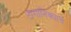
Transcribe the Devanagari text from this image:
टांगानिक्याचे